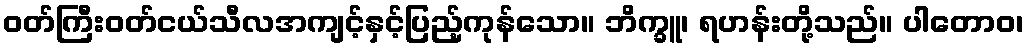
ဝတ်ကြီးဝတ်ငယ်သီလအကျင့်နှင့်ပြည့်ကုန်သော။ ဘိက္ခူ၊ ရဟန်းတို့သည်။ ပါတောဝ၊